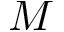
M